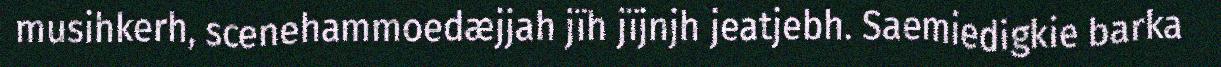
musihkerh, scenehammoedæjjah jïh jïjnjh jeatjebh. Saemiedigkie barka